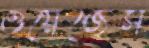
ওয়েজেস